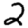
Digit: 2